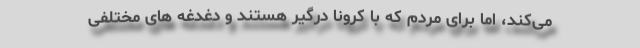
می‌کند، اما برای مردم که با کرونا درگیر هستند و دغدغه های مختلفی